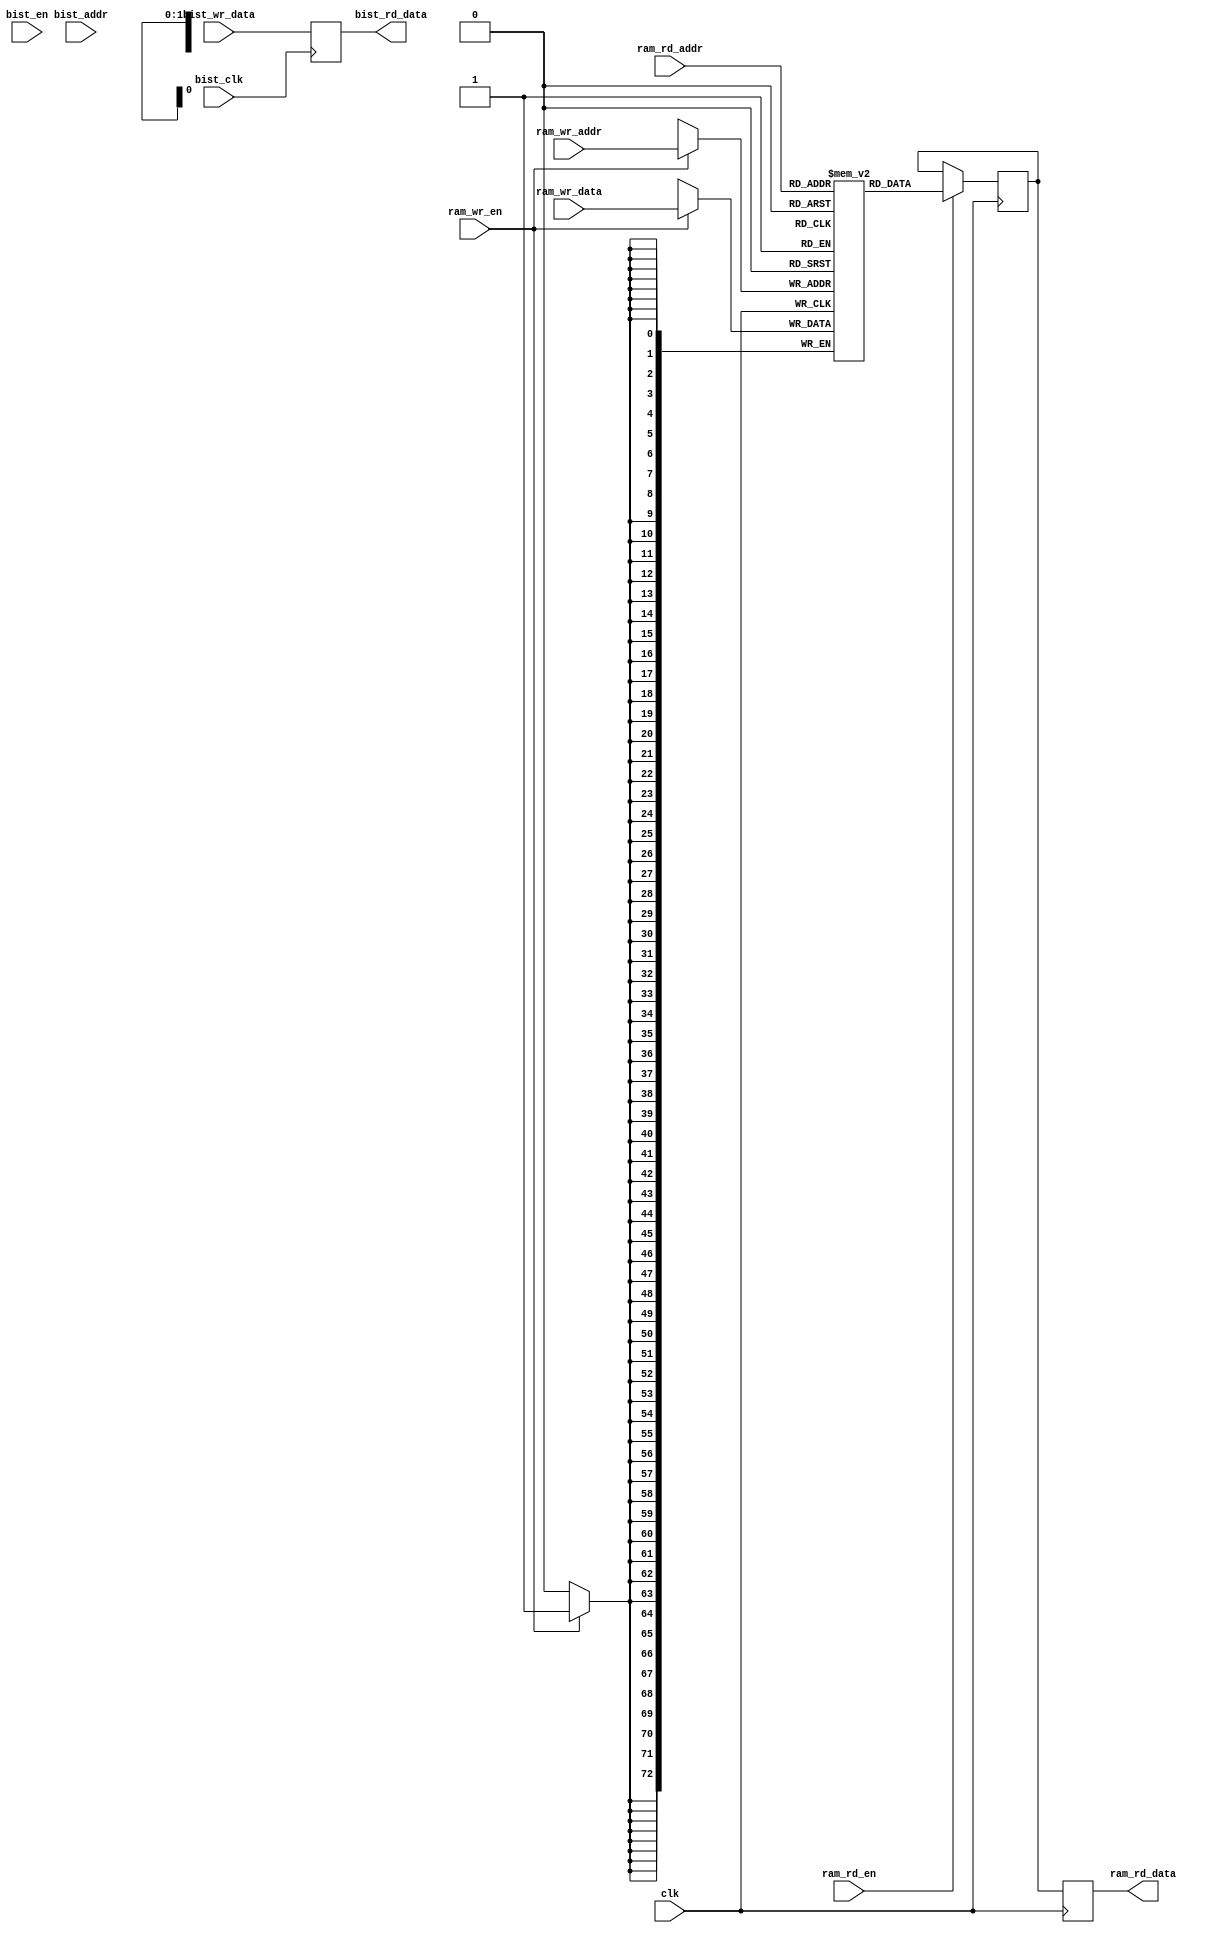
module mem_16nm_ram4x73
(
  input  wire        clk,
  input  wire        ram_wr_en,
  input  wire [1:0]  ram_wr_addr,
  input  wire [72:0] ram_wr_data,
  input  wire        ram_rd_en,
  input  wire [1:0]  ram_rd_addr,
  output wire [72:0] ram_rd_data,

  input  wire        bist_clk,
  input  wire        bist_en,
  input  wire [1:0]  bist_addr,
  input  wire [72:0] bist_wr_data,
  output wire [72:0] bist_rd_data
);

// The memory declaration
reg [72:0] memory [3:0];
reg [72:0] ram_rd_data_i;

always @ (posedge clk) begin
  if( ram_wr_en ) begin
    memory[ram_wr_addr] <= #0 ram_wr_data;
  end

  if( ram_rd_en ) begin
    ram_rd_data_i <= #0 memory[ram_rd_addr];
  end
end

always @ (posedge clk) begin
  ram_rd_data <= #0 ram_rd_data_i;
end

// Bist fake logic
always @ (posedge bist_clk ) begin
  bist_rd_data <= #0 bist_wr_data;
end

endmodule